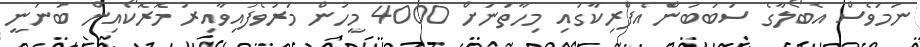
ނަމަވެސް އެބޯލާގެ ސަބަބުން އެފްރިކާގައި މިހާތަނަށް 4000 މީހުން މަރުވެފައިވާއިރު މޮރޮކޯއިން ބުނަނީ